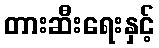
တားဆီးရေးနှင့်